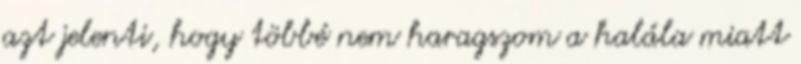
azt jelenti, hogy többé nem haragszom a halála miatt